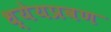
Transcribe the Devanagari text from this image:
ध्येयप्रवण